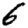
Digit: 6